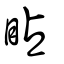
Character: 䀡